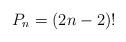
LaTeX: \begin{align*}P_n = (2n-2)!\end{align*}